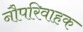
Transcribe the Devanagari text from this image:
नौपरिवाहक